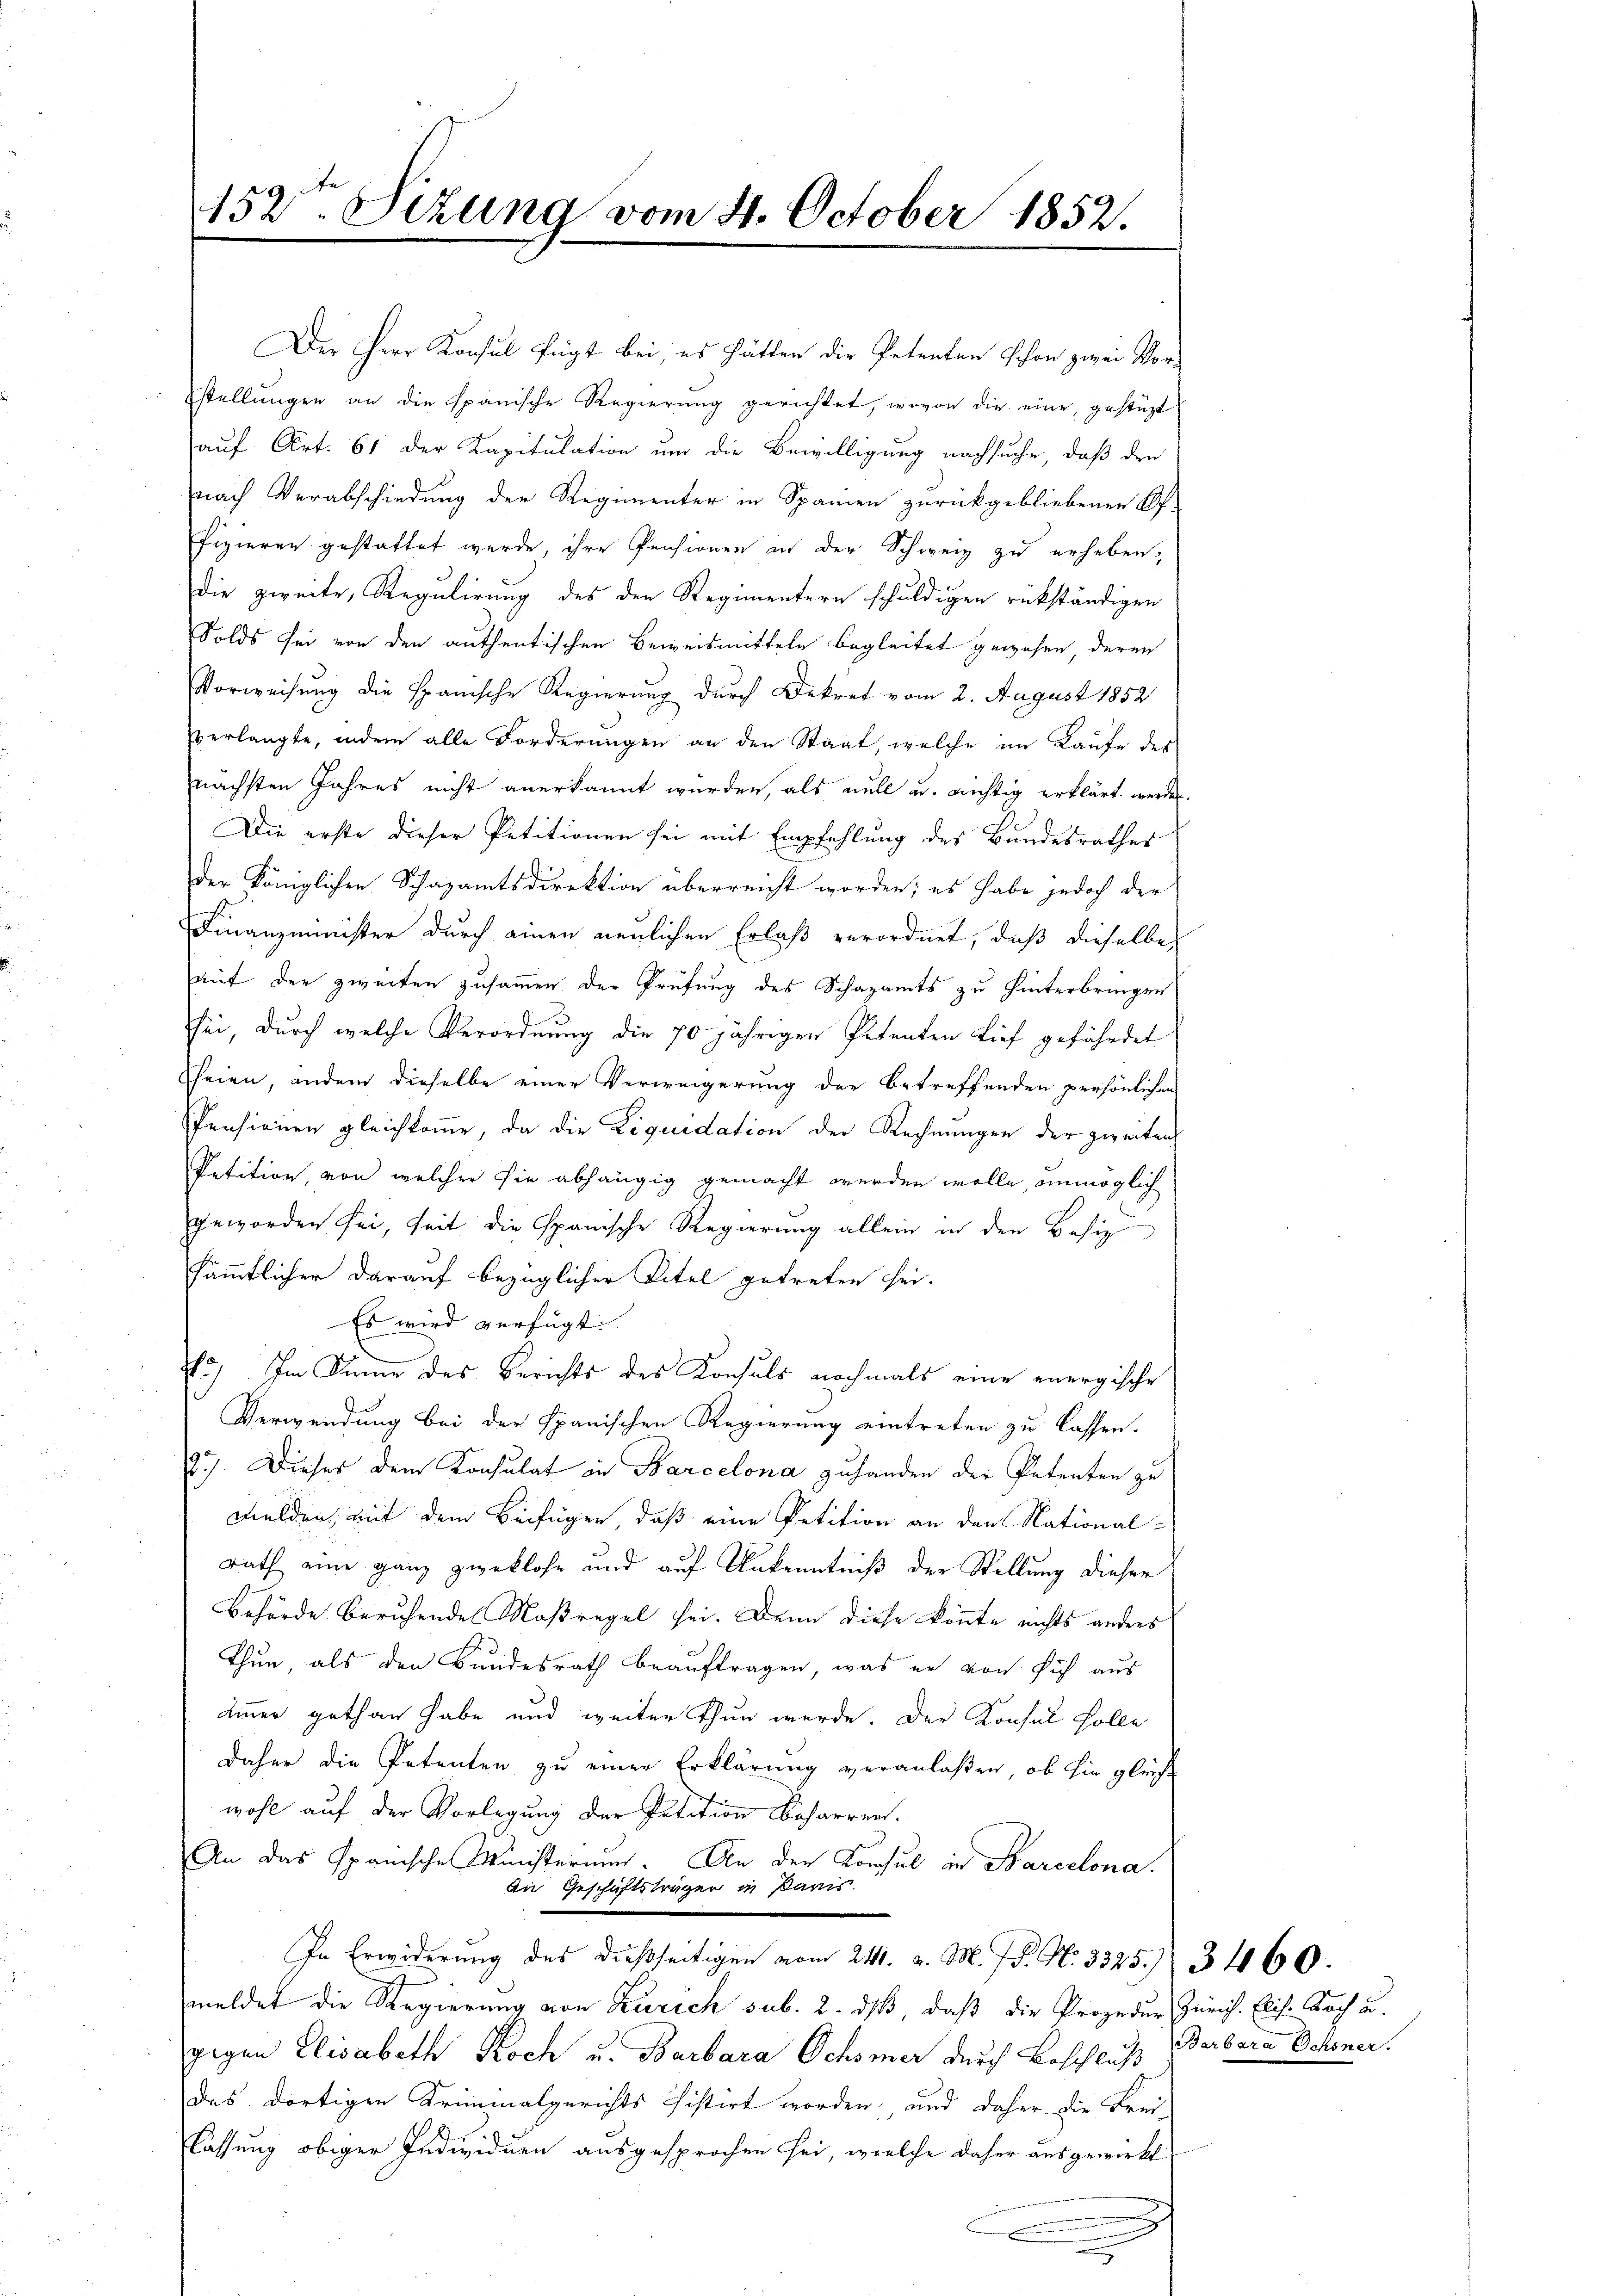
152ten Sizung vom 4. October 1852.

Der Herr Konsul fügt bei; es hätten die Petenten schon zwei Vor-
stellŭngen an die spanische Regierŭng gerichtet, wovon die eine gestüzt
auf Art. 61 der Kapitulation um die Bewilligung nachsuche, daß den
nach Verabschiedung der Regimenter in Spanien zurückgebliebenen Of-
fizieren gestattet wurde, ihre Pensionen in der Schweiz zu erheben,
die zweite, Regulirung des den Regimentern schuldigen rükständigen
Solds sei von den authentischen Beweismitteln begleitet gewesen, deren
Vorweisung die Spanische Regierung durch Dekret vom 2. August 1852
verlangte, indem alle Forderungen an den Staat, welche im Laufe des
nächsten Jahres nicht anerkannt wurden, als will u. richtig erklärt werden.
Die erste dieser Petitionen sei mit Empfehlung des Bundesrathes
der Königlichen Schazamtsdirektion überreicht worden; es habe jedoch der
Finanzminister durch einen neulichen Erlaß verordnet, daß dieselbe
auf der zweiten zusammen der Prüfung des Schazamts zu hinterbringen
sei, durch welche Verordnung die 70 jährigen Petenten tief gefährdet
Eheien, indern dieselbe einer Verweigerung der betreffenden persönlichen
Pensionen gleichkomme, da die Liquidation der Rechnungen der zweiten
Petition, von welcher sie abhängig gemacht werden wolle, unmöglich
geworden sei, seit die Spanische Regierung allein in den Besiz
sämmtlicher darauf bezüglicher Titel getreten sei.
Es wird verfügt:
d
.) Im Sinne des Berichts des Konsuls nochmals eine energische
Verwendung bei der Spanischen Regierung eintreten zu lassen.
2.) Dieser dem Konsulat in Barcelona zuhanden der Petenten zu
walden, mit dem Beifügen, daß eine Petition an den National-
rath eine ganz zweklose und auf Unkenntniß der Stellung dieser
Behörde beruhendes Maßregel sei. Denn diese könnte nichts anders
Thun, als den Bundesrath beauftragen, was er von sich aus
immer gethan habe und weiter thun werde. Der Konsul solle
daher die Petenten zu einer Erklärung veranlaßen, ob sie gleich
wohl auf der Vorlegung der Petition beharrent.
An das Spanische Ministerium. An der Konsul in Barcelona.
An Geschäftsträger in Paris
In Erwiderung des dießseitigen vom 24. v. M. J. P. N. 3325. 3460.
meldet die Regierung von Zürich sub. 2. dß, daß die Prozedur Zürich. Elis. Doch u.
gegen Elisabeth Koch u. Barbara Ochsner durch Beschluß Barbara Schener.
des dortigen Kriminalgerichts distirt worden, und daher die Frei-
d
lassung obiger Individuen ausgesprochen sei, welche daher ausgewirkt
.

.